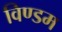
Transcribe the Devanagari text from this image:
विण्डम